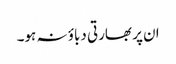
ان پر بھارتی دباؤ نہ ہو۔